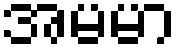
အမမာ